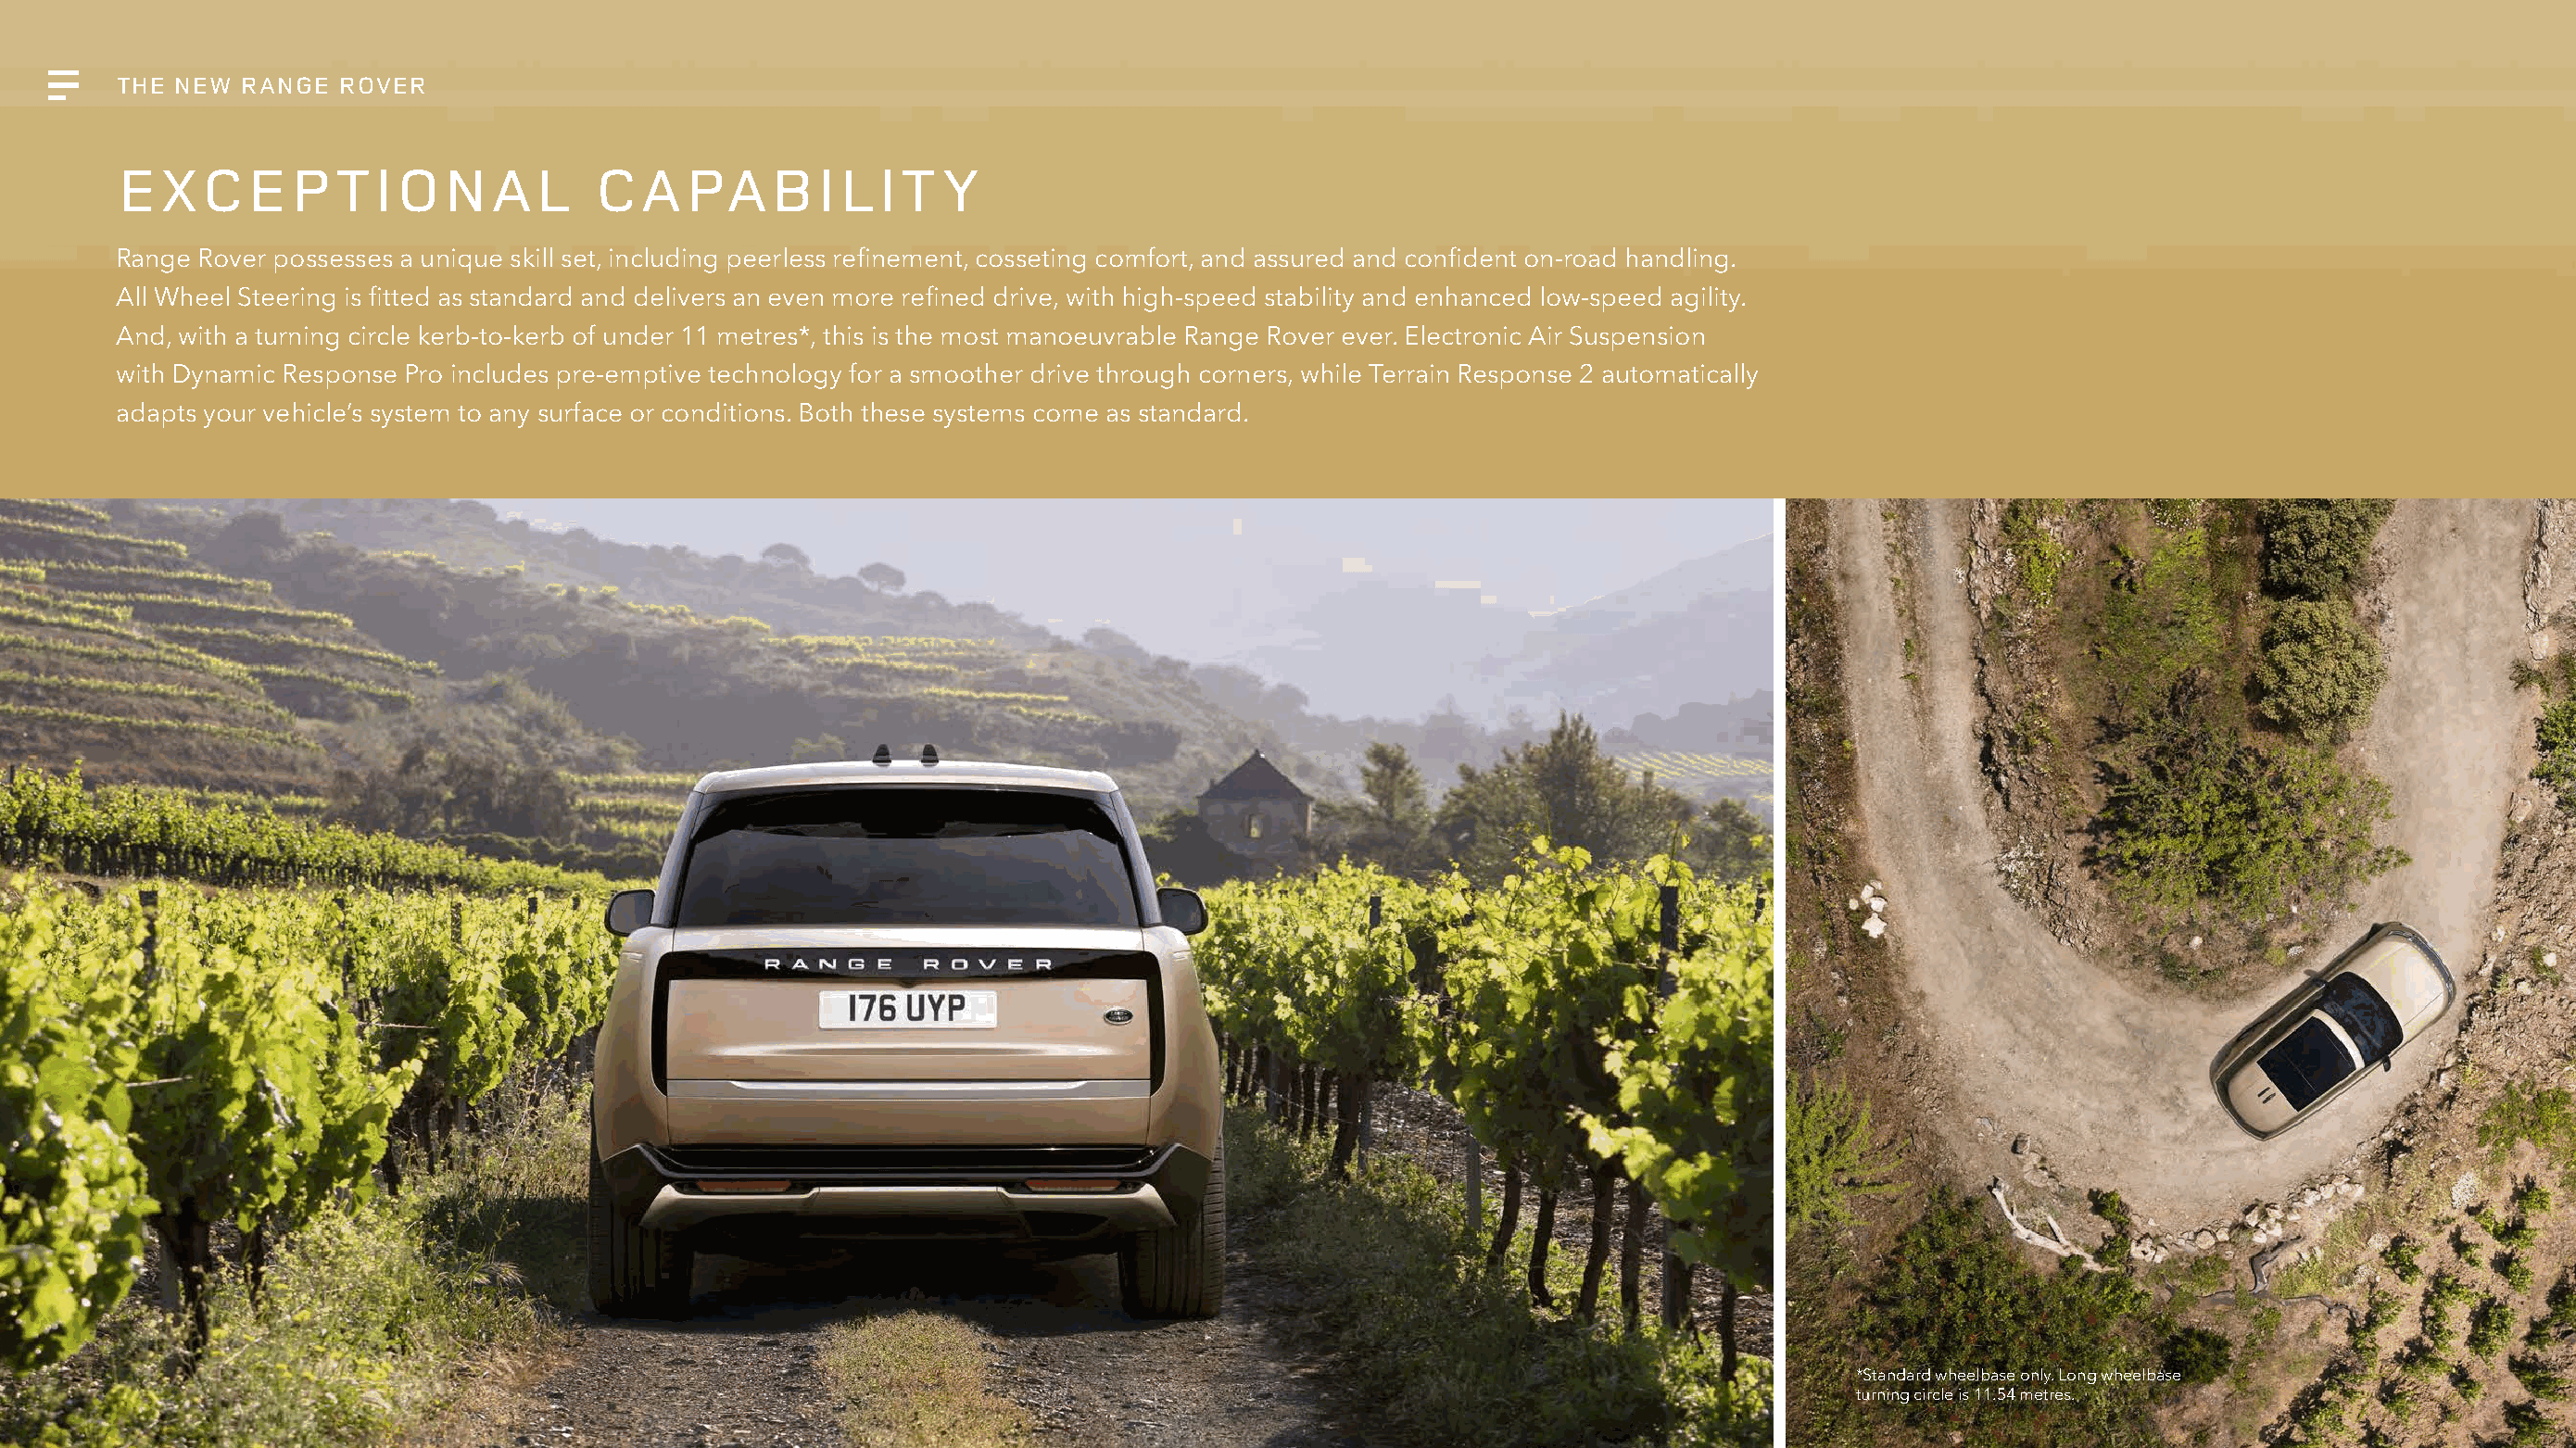
THE NEW  RANGE  ROVER
 EXCEPTIONAL                       CAPABILITY
 Range Rover possesses a unique skill set, including peerless refinement, cosseting comfort, and assured and confident on-road handling.
 All Wheel Steering is fitted as standard and delivers an even more refined drive, with high-speed stability and enhanced low-speed agility.
 And, with a turning circle kerb-to-kerb of under 11 metres*, this is the most manoeuvrable Range Rover ever. Electronic Air Suspension
 with Dynamic Response Pro includes pre-emptive technology for a smoother drive through corners, while Terrain Response 2 automatically
 adapts your vehicle’s system to any surface or conditions. Both these systems come as standard.
 *Standard wheelbase only. Long wheelbase
 turning circle is 11.54 metres.